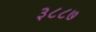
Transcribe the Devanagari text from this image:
३८८७